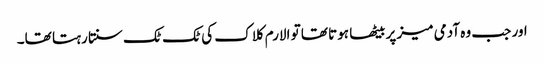
اور جب وہ آدمی میز پر بیٹھا ہوتا تھا تو الارم کلاک کی ٹک ٹک سنتا رہتا تھا۔